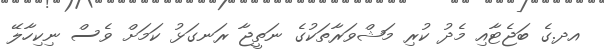
އދ.ގެ ބަޖެޓާއި މެދު ކުރި މަޝްވަރާތަކުގެ ނަތީޖާ ރަނގަޅު ކަމަށް ވެސް ނިކިހާލޭ